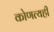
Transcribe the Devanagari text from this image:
कोणत्यही